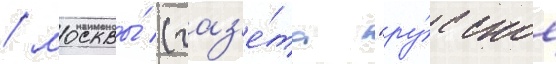
/ москвы́ (газ'е́та "ру́сское